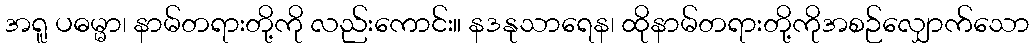
အရူ ပဓမ္မာ၊ နာမ်တရားတို့ကို လည်းကောင်း။ နဒနုသာရေန၊ ထိုနာမ်တရားတို့ကိုအစဉ်လျှောက်သော